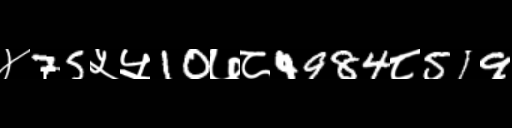
Text: ४75५५10७८4984८519